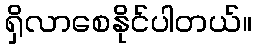
ရှိလာစေနိုင်ပါတယ်။